Vital statistics of India. Vol. VI, European troops 1870-79
Year: 1870
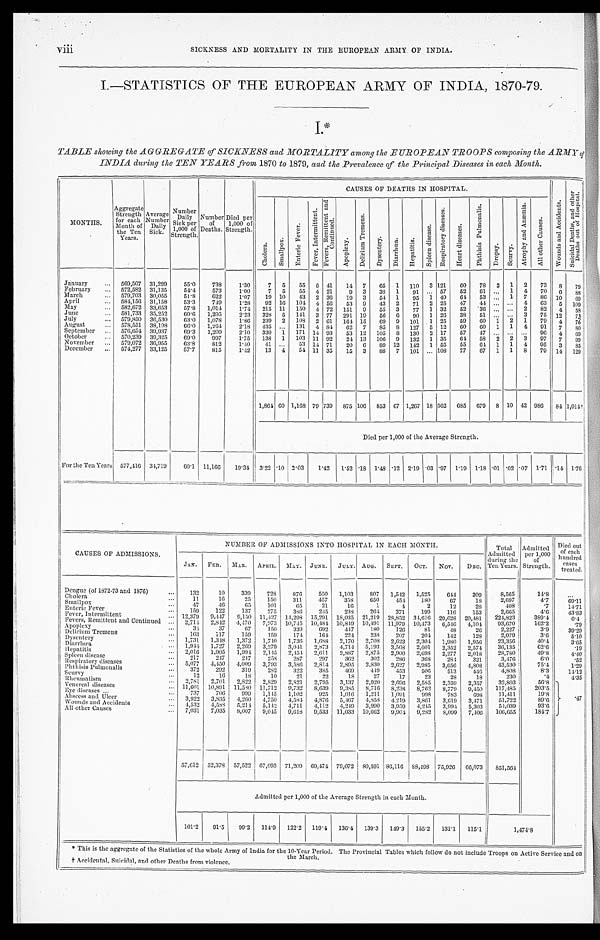
viii
SICKNESS AND MORTALITY IN THE EUROPEAN ARMY OF INDIA.
I.—STATISTICS OF THE EUROPEAN ARMY OF INDIA, 1870-79.
I.*
TABLE showing the AGGREGATE of SICKNESS and MORTALITY among the EUROPEAN TROOPS composing the ARMY of
INDIA during the TEN YEARS from 1870 to 1879, and the Prevalence of the Principal Diseases in each Month.
MONTHS.
Aggregate
Strength
for each
Month of the Ten Years.
Average
Number
Daily Sick.
Number
Daily
Sick per
1,000 of
Strength.
Number
of
Deaths.
Died per
1,000 of
Strength.
CAUSES OF DEATHS IN HOSPITAL.
W o u n d s a n d A c c i d e n t s .
S u i c i d a l D e a t h s , a n d o t h e r D e a t h s o u t o f H o s p i t a l .
C h o l e r a .
S m a l l p o x .
E n t e r i c F e v e r .
F e v e r , I n t e r m i t t e n t .
F e v e r s , R e m i t t e n t a n d C o n t i n u e d .
A p o p l e x y .
D e l i r i u m T r e m e n s .
Dysentry. Diarrhœa. H e p a t i t i s .
S p l e e n d i s e a s e .
R e s p i r a t o r y d i s e a s e s .
H e a r t d i s e a s e s .
P h t h i s i s P u l m o n a l i s .
Dropsy. S c u r v y .
A t r o p h y a n d A n æ m i a . A l l o t h e r C a u s e s .
January
... 569,507 31,299
55.0
738
1.30
7 5 55 6 41 14 7 65 1 110 3 121 60 78 2 1 2 73 8 79
February
... 572,582 31,135
54.4
573
1.00
7 5 55 4 21
9 3 38 1 91 ... 57 52 61 ... 1 4 70 6 88
March
... 579,703 30,055
51.8
622
1.07
19 10 43 2 36 19 3 54 1 95 1 49 64 53 ... 1 7 86 10 69
April
... 584,156 31,158
53.3
749
1.28
92 16 104 4 56 53 9 43 2 71 2 25 47 44 ... ... 4 63 5 109
May ...
582,672 33,653
57.8 1,014
1.74 215 11 150 4 72 151 9 55 3 77 1 32 52 36 ... ... 2 82 4 58
June
... 581,733 35,252
60.6 1,295
2.23 328 5 141 3 77 291 19 56 6 90 1 26 38 51 ... ... 3 75 12 73
July
... 579,850 36,530
63.0 1,078
1.86 239 2 108 2 61 164 15 69 9 101 1 25 59 60 1 2 1 79 4 76
August
... 578,551 38,198
66.0 1,264
2.18 435 ... 131 4 84 62 7 85 8 127 5 12 60 60 1 1 4 91 7 80
September ... 576,654 39,937 69.3 1,209
2.10 330 1 171 14 93 53 12 105 8 130 2 17 57 47 ... ... ... 96 4 69
October
... 570,239 39,325
69.0
997
1.75 138 1 103 11 92 24 13 106 9 132 1 35 64 58 2 2 3 97 7 99
November ...
579,072 36,955
63.8
812
1.40
41 ...
53 14 71 20 6 89 12 142 1 55 55 64 1 1 4 95 3 85
December ... 574,277 33,125
57.7
815
1.42
13 4 54 11 35 15 3 88 7 101 ... 108 77 67 1 1 8 79 14 129
1,864 60 1,168 79 739 875 106 853 67 1,267 18 562 685 679 8 10 42 986 84 1,014†
Died per 1,000 of the Average Strength.
For the Ten Years 577,416 34,719
60.1 11,166 19.34 3.22 .10 2.03 1.42 1.52 .18 1.48 .12 2.19 .03 .97 1.19 1.18 .01 .02 .07 1.71 .14 1.76
CAUSES OF ADMISSIONS.
NUMBER OF ADMISSIONS INTO HOSPITAL IN EACH MONTH.
Total Admitted
during the
Ten Years.
Admitted
per 1,000
of
Strength.
Died out
of each
hundred
cases treated.
JAN. FEB. MAR. APRIL. MAY. JUNE. JULY. AUG. SEPT. OCT. NOV. DEC.
Dengue (of 1872-73 and 1876)
...
132
10
339
728
876
550 1,103
807 1,542 1,525
644
309
8,565
14.8
...
Cholera ...
11
16
25
150
311
457
358
650
454 180
67
18
2,697 4.7
69.11
Smallpox
...
47
46
65
101
65
21
16
1
4
2
12
28
408
.7
14.71
Enteric Fever
...
159
122
137
275
386
245 238
264
371
199
116
153
2,665 4.6
43.83
Fever, Intermittent ...
12,379 9,447 9,150 11,427 14,298 15,291 18,035 21,219 28,852 34,616 29,628 20,481 224,823
389.4
0.4
Fevers, Remittent and Continued
...
2,714 2,842 4,470 7,973 10,745 10,484 10,849 10,491 11,979 10,473 6,546 4,104 93,670 162.2
.79
Apoplexy
... 34
37
67
150
339
692
447
180
126
81
48
26
2,227
3.9
39.29
Delirium Tremens ...
163
117
159
159
174
164
224
238
207
204
142
128
2,079
3.6
5.10
Dysentery ...
1,731 1,348 1,372 1,740 1,736 1,688 2,170 2,708 2,623 2,304 1,980 1,956
23,356
40.4
3.65
Diarrhœa
... 1,944 1,727 2,269 3,279 3,041 2,873 4,714 5,193 3,568 2,601 2,352 2,574
36,135
62.6
.19
Hepatitis
... 2,016 1,905 1,994 2,145 2,454 2,611 2,887 2,875 2,900 2,698 2,277 2,018
28,780
49.8
4.40
Spleen disease
...
217
247
247
258
287
297
362
302
286
368
284
321
3,476
6.0
.52
Respiratory diseases ...
5,077 4,450 4,009 3,793 3,586 2,814 2,895 2,830 2,627 2,985 3,656 4,808
43,530
75.4
1.29
Phthisis Pulmonalis
...
372
292
319
282
322
385
469
449
453
506
513
446
4,808
8.3
14.12
Scurvy ...
12
16
18
10
21
22
18
27
17
23
28
18
230 .4
4.35
Rheumatism ...
2,781 2,701 2,822 2,829 2,821 2,795 3,137 2,920 2,696 2,585 2,359 2,357
32,803
56.8
.47
Venereal diseases
... 11,601 10,891 11,580 11,712 9,732 8,639 9,385 8,716 8,238 8,762 8,779 9,450 117,485
203.5
Eye diseases
...
737
706
999 1,145 1,102
925 1,016 1,211 1,091
998
783
698
11,411
19.8
Abscess and Ulcer ...
3,922 3,835 4,260 4,750 4,584 4,876
5,467 4,853 4,219 3,861 3,619 3,471
51,722
89.6
W o u n d s a n d A c c i d e n t s . . . 4,532 4,588 5,214 5,142 4,711 4,112 4,249 3,990 3,959 4,245 3,994 5,303
54,039
93.6
All other Causes
... 7,031 7,035 8,007 9,045 9,618 9,533 11,033 10,662 9,904 9,282 8,099 7,406 106,655 184.7
57,612 52,378 57,522 67,093 71,209 69,474 79,072 80,591 86,116 88,498 75,926 66,073 851,564
Admitted per 1,000 of the Average Strength in each Month.
101.2 91.5
99.2 114.9 122.2 119.4 136.4 139.3 149.3 155.2 131.1 115.1
1,474.8
* This is the aggregate of the Statistics of the whole Army of India for the 10-Year Period. The Provincial Tables which follow do not include Troops on Active Service and on
the March.
†Accidental, Suicidal, and other Deaths from violence.